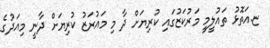
ޏ.އަތޮޅު ތަައުލީމީ މަރުކަޒުގައި ކުރިޔަށް ދާ މި މައުރަޒު ކުރިޔަށް ދާނީ މިއަދުގެ